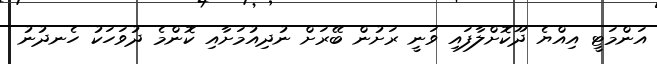
އަންމަޓީ އިއްޔެ ދޫކޮށްލާފައި ވަނީ ރަށުން ބޭރަށް ނުދިއުމަށާއި ކޮންމެ ދުވަހަކު ހެނދުނު